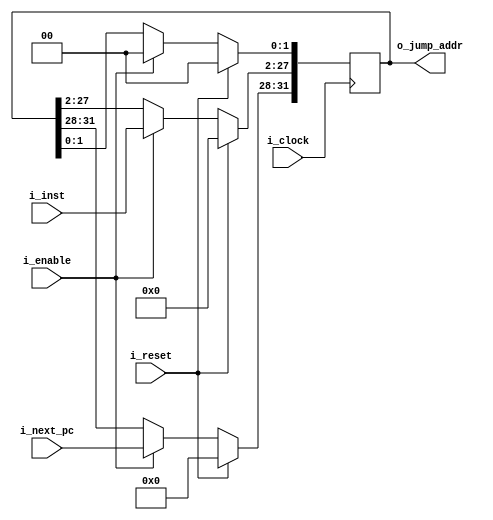
`timescale 1ns / 1ps

module concat_module#(
		parameter NB_ADDR       = 26,    // Jump address in J type instructions          
		parameter NB_PC         = 32,            
		parameter NB_UPPER_PC   = 4,     // Number of bits of upper PC+1
		parameter NB_LOWER_BITS = 2
	) 
	( 
		input i_clock,
		input i_reset,
		input i_enable,
		input [NB_ADDR-1:0]     i_inst,                           
		input [NB_UPPER_PC-1:0] i_next_pc,   // PC+1[31:28]                
		output  [NB_PC-1:0]  o_jump_addr         
	);

	reg [NB_PC-1:0]  jump_addr;

    always@(posedge i_clock) begin
		if(i_reset) begin
			jump_addr <= 0;
		end  
		else if(i_enable) begin
			jump_addr[NB_LOWER_BITS-1:0] <= 2'b00; // [1:0]
			jump_addr[NB_ADDR+1:NB_LOWER_BITS] <= i_inst; // [27:2]
			jump_addr[NB_PC-1:NB_ADDR+2] <= i_next_pc; // [31:28]
		end
		else begin
			jump_addr <= jump_addr;
		end  
    end

	assign o_jump_addr = jump_addr;
endmodule